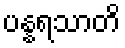
ပန္နရသာတိ